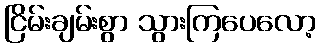
ငြိမ်းချမ်းစွာ သွားကြပေလော့